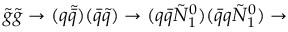
{ \tilde { g } } { \tilde { g } } \rightarrow ( q { \tilde { \bar { q } } } ) ( { \bar { q } } { \tilde { q } } ) \rightarrow ( q { \bar { q } } { \tilde { N } } _ { 1 } ^ { 0 } ) ( { \bar { q } } q { \tilde { N } } _ { 1 } ^ { 0 } ) \rightarrow